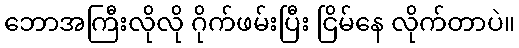
ဘောအကြီးလိုလို ဂိုက်ဖမ်းပြီး ငြိမ်နေ လိုက်တာပဲ။